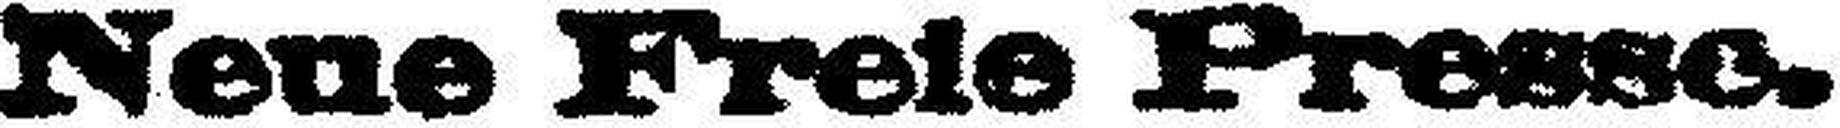
Neue Freie Presse.